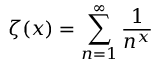
\quad \zeta ( x ) = \sum _ { n = 1 } ^ { \infty } { \frac { 1 } { n ^ { x } } }